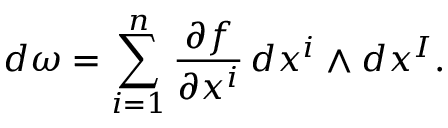
d \omega = \sum _ { i = 1 } ^ { n } { \frac { \partial f } { \partial x ^ { i } } } \, d x ^ { i } \wedge d x ^ { I } .